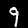
Label: 9